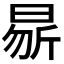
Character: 𭨝